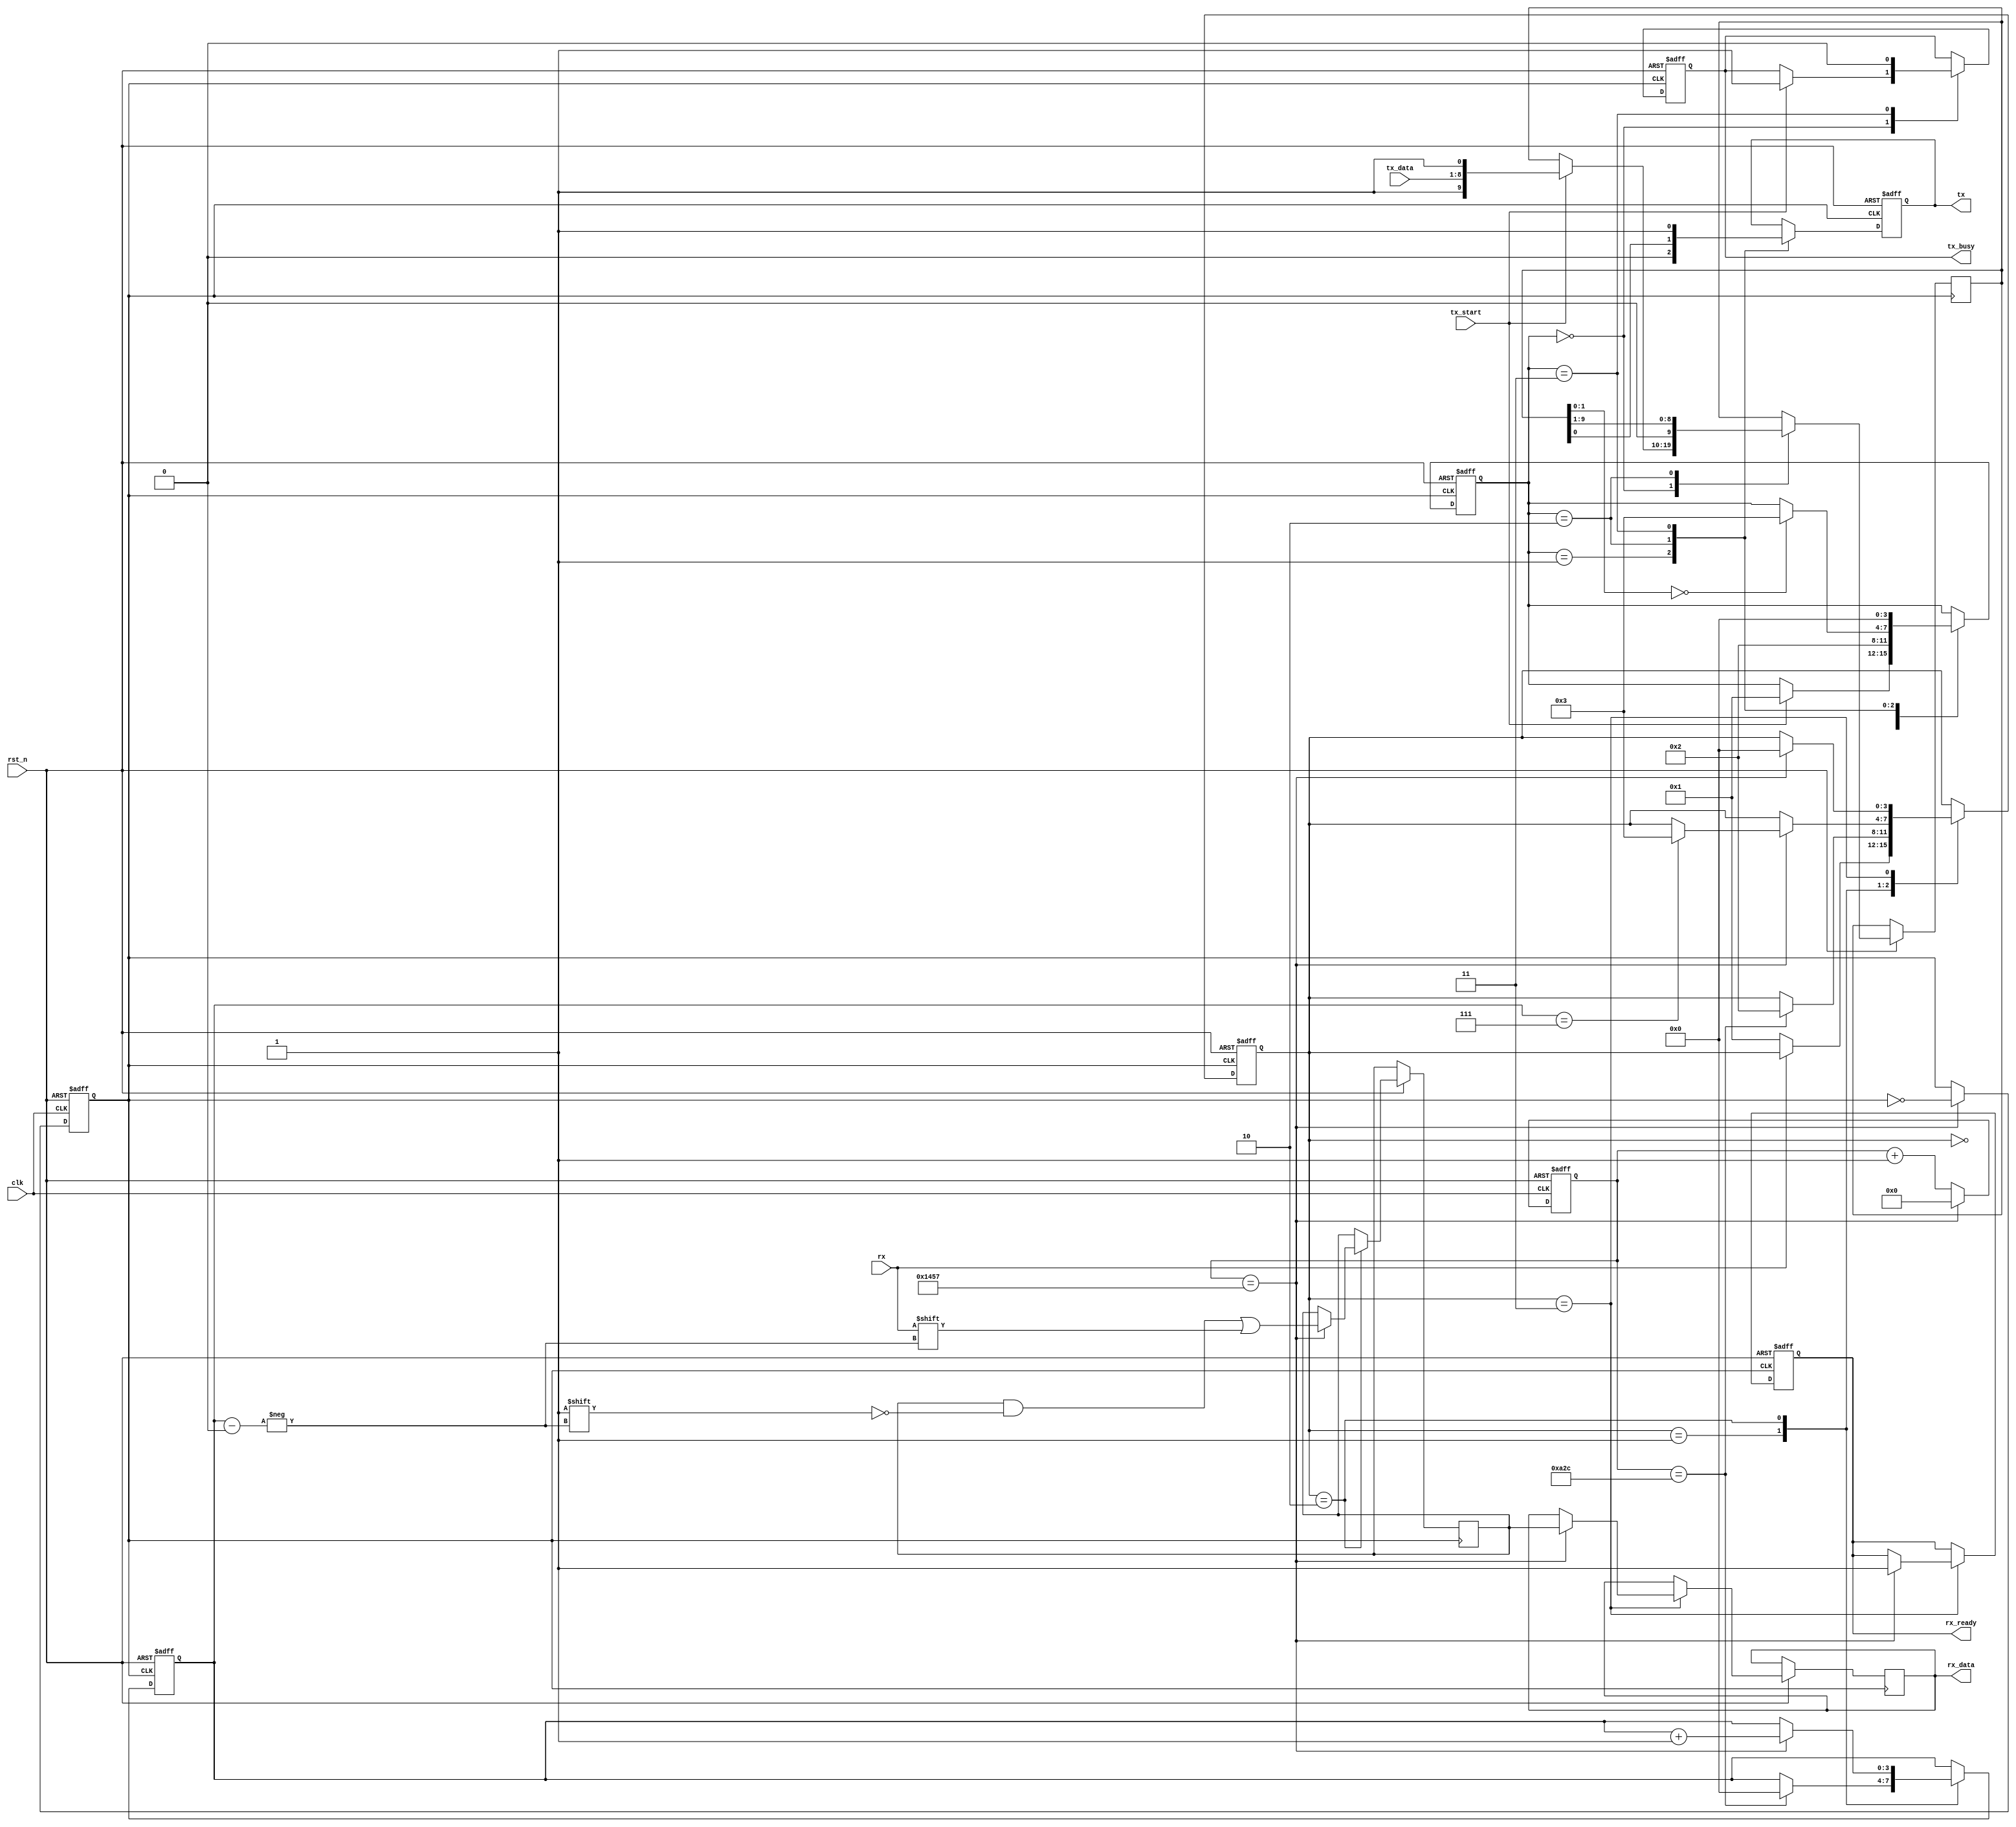
module parameterized_uart #(
    parameter BAUD_RATE = 9600,
    parameter CLOCK_FREQ = 50000000, // System clock frequency
    parameter DATA_WIDTH = 8,
    parameter STOP_BITS = 1,
    parameter PARITY = "NONE" // Options: "NONE", "EVEN", "ODD"
)(
    input wire clk,             // System clock
    input wire rst_n,           // Active low reset
    input wire tx_start,        // Start transmission signal
    input wire [DATA_WIDTH-1:0] tx_data, // Parallel data input
    output reg tx_busy,         // Transmission busy flag
    output reg tx,              // Serial transmit output
    input wire rx,              // Serial receive input
    output reg rx_ready,        // Data ready flag for received data
    output reg [DATA_WIDTH-1:0] rx_data // Parallel data output
);

    // Baud rate clock generation
    localparam BAUD_DIV = CLOCK_FREQ / BAUD_RATE;
    reg [15:0] baud_counter;
    reg baud_clk;

    always @(posedge clk or negedge rst_n) begin
        if (!rst_n) begin
            baud_counter <= 0;
            baud_clk <= 0;
        end else if (baud_counter == (BAUD_DIV - 1)) begin
            baud_counter <= 0;
            baud_clk <= ~baud_clk;
        end else begin
            baud_counter <= baud_counter + 1;
        end
    end

    // Transmitter state machine
    reg [3:0] tx_state;
    reg [DATA_WIDTH+1:0] tx_shift_reg; // Data + start + stop bits

    localparam TX_IDLE = 0, TX_START = 1, TX_DATA = 2, TX_STOP = 3;

    always @(posedge baud_clk or negedge rst_n) begin
        if (!rst_n) begin
            tx_state <= TX_IDLE;
            tx_busy <= 0;
            tx <= 1; // Idle state is high
        end else begin
            case (tx_state)
                TX_IDLE: begin
                    if (tx_start) begin
                        tx_busy <= 1;
                        tx_shift_reg <= {1'b1, tx_data, {STOP_BITS{1'b1}}}; // Start + Data + Stop
                        tx_state <= TX_START;
                    end
                end
                TX_START: begin
                    tx <= 0; // Send start bit
                    tx_state <= TX_DATA;
                end
                TX_DATA: begin
                    tx <= tx_shift_reg[0]; // Send data bit
                    tx_shift_reg <= {1'b0, tx_shift_reg[DATA_WIDTH+1:1]}; // Shift right
                    if (tx_shift_reg[1:0] == 2'b00) begin // All data bits sent
                        tx_state <= TX_STOP;
                    end
                end
                TX_STOP: begin
                    tx <= 1; // Send stop bit
                    tx_busy <= 0;
                    tx_state <= TX_IDLE;
                end
            endcase
        end
    end

    // Receiver state machine
    reg [3:0] rx_state;
    reg [DATA_WIDTH-1:0] rx_shift_reg;
    reg [3:0] bit_count;

    localparam RX_IDLE = 0, RX_START = 1, RX_DATA = 2, RX_STOP = 3;

    always @(posedge baud_clk or negedge rst_n) begin
        if (!rst_n) begin
            rx_state <= RX_IDLE;
            rx_ready <= 0;
            bit_count <= 0;
        end else begin
            case (rx_state)
                RX_IDLE: begin
                    if (rx == 0) begin // Detect start bit
                        rx_state <= RX_START;
                    end
                end
                RX_START: begin
                    if (baud_counter == (BAUD_DIV / 2)) begin // Sample in the middle of the start bit
                        rx_state <= RX_DATA;
                        bit_count <= 0;
                    end
                end
                RX_DATA: begin
                    if (baud_counter == (BAUD_DIV - 1)) begin // Sample each data bit
                        rx_shift_reg[bit_count] <= rx;
                        bit_count <= bit_count + 1;
                        if (bit_count == DATA_WIDTH - 1) begin
                            rx_state <= RX_STOP;
                        end
                    end
                end
                RX_STOP: begin
                    if (baud_counter == (BAUD_DIV - 1)) begin // Sample stop bit
                        rx_ready <= 1;
                        rx_data <= rx_shift_reg; // Output received data
                        rx_state <= RX_IDLE;
                    end
                end
            endcase
        end
    end

endmodule